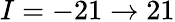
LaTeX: I=-21\rightarrow 21